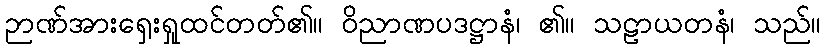
ဉာဏ်အားရှေးရှုထင်တတ်၏။ ဝိညာဏပဒဋ္ဌာနံ၊ ၏။ သဠာယတနံ၊ သည်။